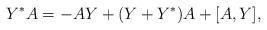
LaTeX: \begin{align*} Y^*A=-AY+(Y+Y^*)A+[A,Y],\end{align*}